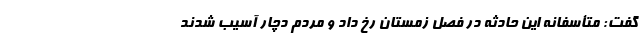
گفت: متأسفانه این حادثه در فصل زمستان رخ داد و مردم دچار آسیب شدند